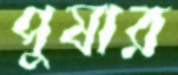
পুষার